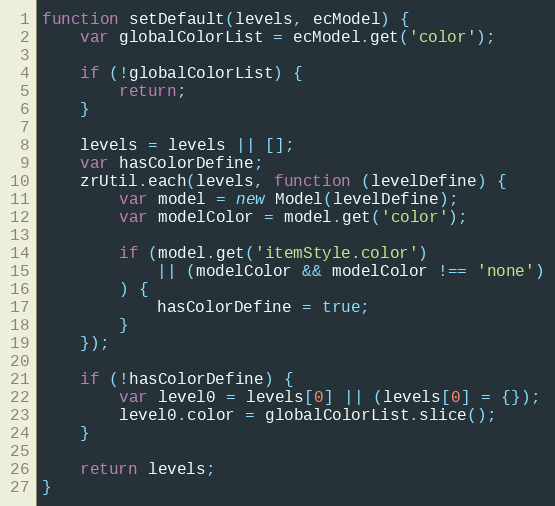
Language: JavaScript
function setDefault(levels, ecModel) {
    var globalColorList = ecModel.get('color');

    if (!globalColorList) {
        return;
    }

    levels = levels || [];
    var hasColorDefine;
    zrUtil.each(levels, function (levelDefine) {
        var model = new Model(levelDefine);
        var modelColor = model.get('color');

        if (model.get('itemStyle.color')
            || (modelColor && modelColor !== 'none')
        ) {
            hasColorDefine = true;
        }
    });

    if (!hasColorDefine) {
        var level0 = levels[0] || (levels[0] = {});
        level0.color = globalColorList.slice();
    }

    return levels;
}